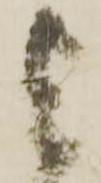
与